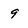
Character: 9